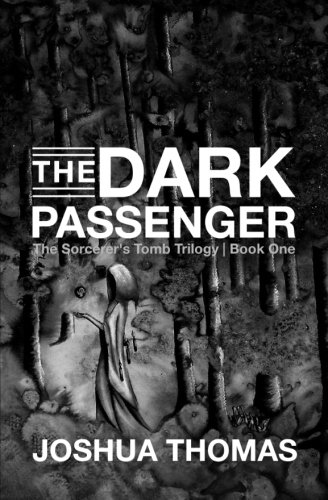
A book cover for The Dark Passenger; Joshua Thomas; Science Fiction & Fantasy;